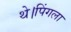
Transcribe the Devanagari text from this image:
थे।पिंगला